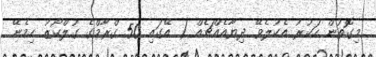
މިގޮތުން ހަކުރު އެކުލެވޭ ދިޔާއެއްޗެއް ( އޭގައި 50 ގްރާމްގެ ގުލްކޯޒު ހިމެނޭ